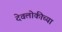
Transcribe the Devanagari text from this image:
देवलोकीच्या